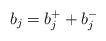
LaTeX: \begin{align*} b _ j = b ^ + _ j + b ^ - _ j\end{align*}